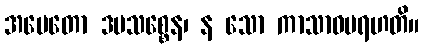
အပေတော ဒမသစ္စေန၊ န သော ကာသာဝမရဟတိ။